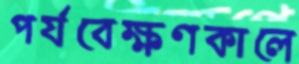
পর্যবেক্ষণকালে